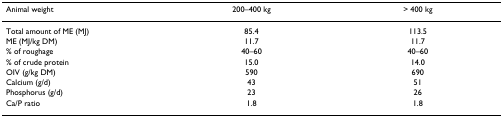
<table><thead><tr><td><b>Animal weight</b></td><td><b>200–400 kg</b></td><td><b>&gt; 400 kg</b></td></tr></thead><tbody><tr><td>Total amount of ME (MJ)</td><td>85.4</td><td>113.5</td></tr><tr><td>ME (MJ/kg DM)</td><td>11.7</td><td>11.7</td></tr><tr><td>% of roughage</td><td>40–60</td><td>40–60</td></tr><tr><td>% of crude protein</td><td>15.0</td><td>14.0</td></tr><tr><td>OIV (g/kg DM)</td><td>590</td><td>690</td></tr><tr><td>Calcium (g/d)</td><td>43</td><td>51</td></tr><tr><td>Phosphorus (g/d)</td><td>23</td><td>26</td></tr><tr><td>Ca/P ratio</td><td>1.8</td><td>1.8</td></tr></tbody></table>